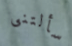
سألتنى